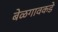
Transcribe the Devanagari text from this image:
बेळगावकडे